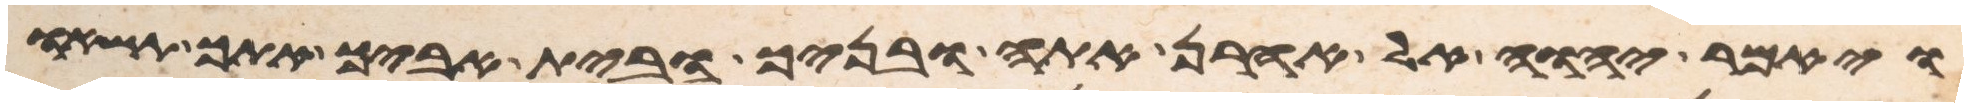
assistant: ויאמר יהוה אל אהרן אתה ובניך ובית אביך אתך תשאו